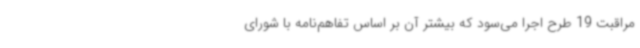
مراقبت 19 طرح اجرا می‌سود که بیشتر آن بر اساس تفاهم‌نامه با شورای